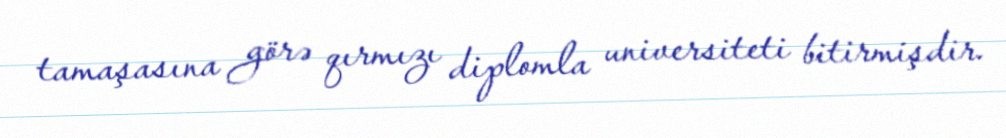
tamaşasına görə qırmızı diplomla universiteti bitirmişdir.